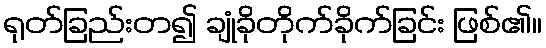
ရုတ်ခြည်းတ၍ ချုံခိုတိုက်ခိုက်ခြင်း ဖြစ်၏။